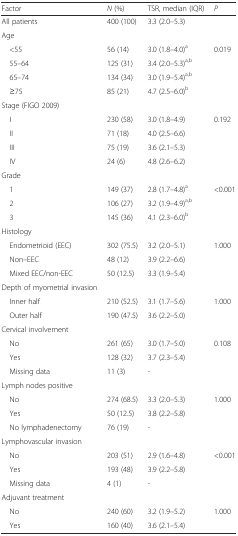
<table><thead><tr><td><b>Factor</b></td><td><b><i>N</i> (%)</b></td><td><b>TSR, median (IQR)</b></td><td><b><i>P</i></b></td></tr></thead><tbody><tr><td>All patients</td><td>400 (100)</td><td>3.3 (2.0–5.3)</td><td></td></tr><tr><td>Age</td><td></td><td></td><td></td></tr><tr><td> &lt;55</td><td>56 (14)</td><td>3.0 (1.8–4.0)<sup>a</sup></td><td>0.019</td></tr><tr><td> 55–64</td><td>125 (31)</td><td>3.4 (2.0–5.3)<sup>a,b</sup></td><td></td></tr><tr><td> 65–74</td><td>134 (34)</td><td>3.0 (1.9–5.4)<sup>a,b</sup></td><td></td></tr><tr><td> ≥75</td><td>85 (21)</td><td>4.7 (2.5–6.0)<sup>b</sup></td><td></td></tr><tr><td>Stage (FIGO 2009)</td><td></td><td></td><td></td></tr><tr><td> I</td><td>230 (58)</td><td>3.0 (1.8–4.9)</td><td>0.192</td></tr><tr><td> II</td><td>71 (18)</td><td>4.0 (2.5–6.6)</td><td></td></tr><tr><td> III</td><td>75 (19)</td><td>3.6 (2.1–5.3)</td><td></td></tr><tr><td> IV</td><td>24 (6)</td><td>4.8 (2.6–6.2)</td><td></td></tr><tr><td>Grade</td><td></td><td></td><td></td></tr><tr><td> 1</td><td>149 (37)</td><td>2.8 (1.7–4.8)<sup>a</sup></td><td>&lt;0.001</td></tr><tr><td> 2</td><td>106 (27)</td><td>3.2 (1.9–4.9)<sup>a,b</sup></td><td></td></tr><tr><td> 3</td><td>145 (36)</td><td>4.1 (2.3–6.0)<sup>b</sup></td><td></td></tr><tr><td>Histology</td><td></td><td></td><td></td></tr><tr><td> Endometrioid (EEC)</td><td>302 (75.5)</td><td>3.2 (2.0–5.1)</td><td>1.000</td></tr><tr><td> Non–EEC</td><td>48 (12)</td><td>3.9 (2.2–6.6)</td><td></td></tr><tr><td> Mixed EEC/non-EEC</td><td>50 (12.5)</td><td>3.3 (1.9–5.4)</td><td></td></tr><tr><td>Depth of myometrial invasion</td><td></td><td></td><td></td></tr><tr><td> Inner half</td><td>210 (52.5)</td><td>3.1 (1.7–5.6)</td><td>1.000</td></tr><tr><td> Outer half</td><td>190 (47.5)</td><td>3.6 (2.2–5.0)</td><td></td></tr><tr><td>Cervical involvement</td><td></td><td></td><td></td></tr><tr><td> No</td><td>261 (65)</td><td>3.0 (1.7–5.0)</td><td>0.108</td></tr><tr><td> Yes</td><td>128 (32)</td><td>3.7 (2.3–5.4)</td><td></td></tr><tr><td> Missing data</td><td>11 (3)</td><td>-</td><td></td></tr><tr><td>Lymph nodes positive</td><td></td><td></td><td></td></tr><tr><td> No</td><td>274 (68.5)</td><td>3.3 (2.0–5.3)</td><td>1.000</td></tr><tr><td> Yes</td><td>50 (12.5)</td><td>3.8 (2.2–5.8)</td><td></td></tr><tr><td> No lymphadenectomy</td><td>76 (19)</td><td>-</td><td></td></tr><tr><td>Lymphovascular invasion</td><td></td><td></td><td></td></tr><tr><td> No</td><td>203 (51)</td><td>2.9 (1.6–4.8)</td><td>&lt;0.001</td></tr><tr><td> Yes</td><td>193 (48)</td><td>3.9 (2.2–5.8)</td><td></td></tr><tr><td> Missing data</td><td>4 (1)</td><td>-</td><td></td></tr><tr><td>Adjuvant treatment</td><td></td><td></td><td></td></tr><tr><td> No</td><td>240 (60)</td><td>3.2 (1.9–5.2)</td><td>1.000</td></tr><tr><td> Yes</td><td>160 (40)</td><td>3.6 (2.1–5.4)</td><td></td></tr></tbody></table>